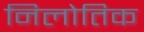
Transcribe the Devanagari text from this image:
निलोतिक